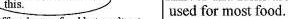
this. used for most food. It's RUDE!!!